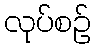
လုပ်စဉ်